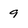
Character: 9